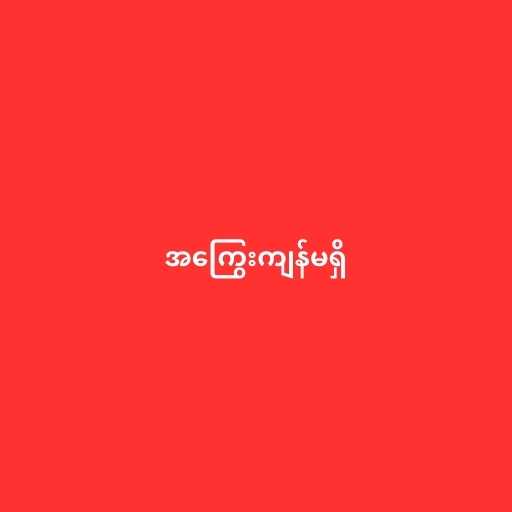
အကြွေးကျန်မရှိ